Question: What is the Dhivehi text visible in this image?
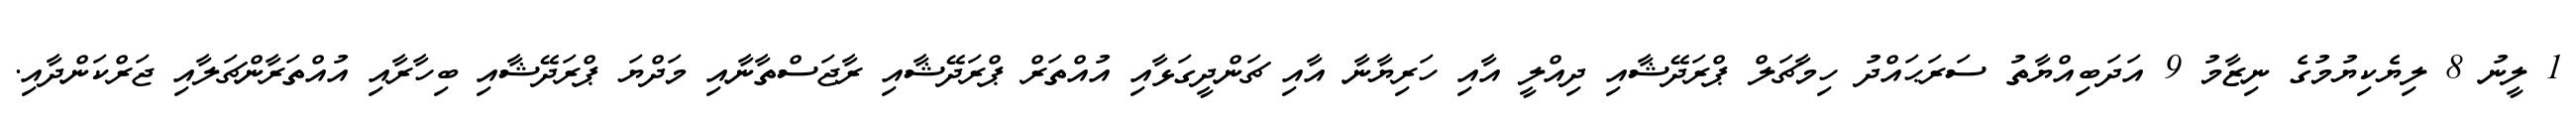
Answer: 1 ލީނު 8 ލިޔެކިޔުމުގެ ނިޒާމު 9 އަދަބިއްޔާތު ސަރަޙައްދު ހިމާޗަލް ޕްރަދޭޝާއި ދިއްލީ އާއި ހަރިޔާނާ އާއި ޗަންދީގަޅާއި އުއްތަރް ޕްރަދޭޝާއި ރާޖަސްތާނާއި މަދްޔަ ޕްރަދޭޝާއި ބިހާރާއި އުއްތަރާންޗަލާއި ޖަރްކަންދާއި.